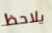
يلاحظ